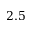
2 . 5